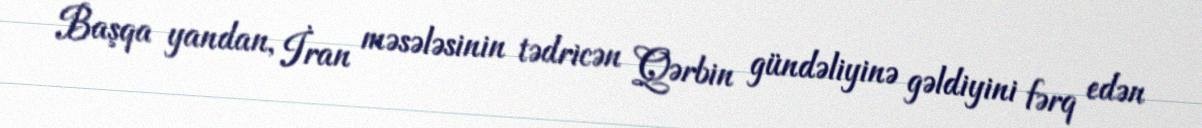
Başqa yandan, İran məsələsinin tədricən Qərbin gündəliyinə gəldiyini fərq edən